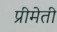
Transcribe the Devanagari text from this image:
प्रीमेती